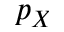
p _ { X }